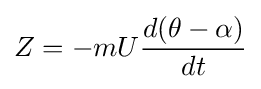
Z=-mU{\frac {d(\theta -\alpha )}{dt}}